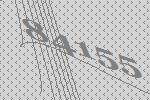
84155